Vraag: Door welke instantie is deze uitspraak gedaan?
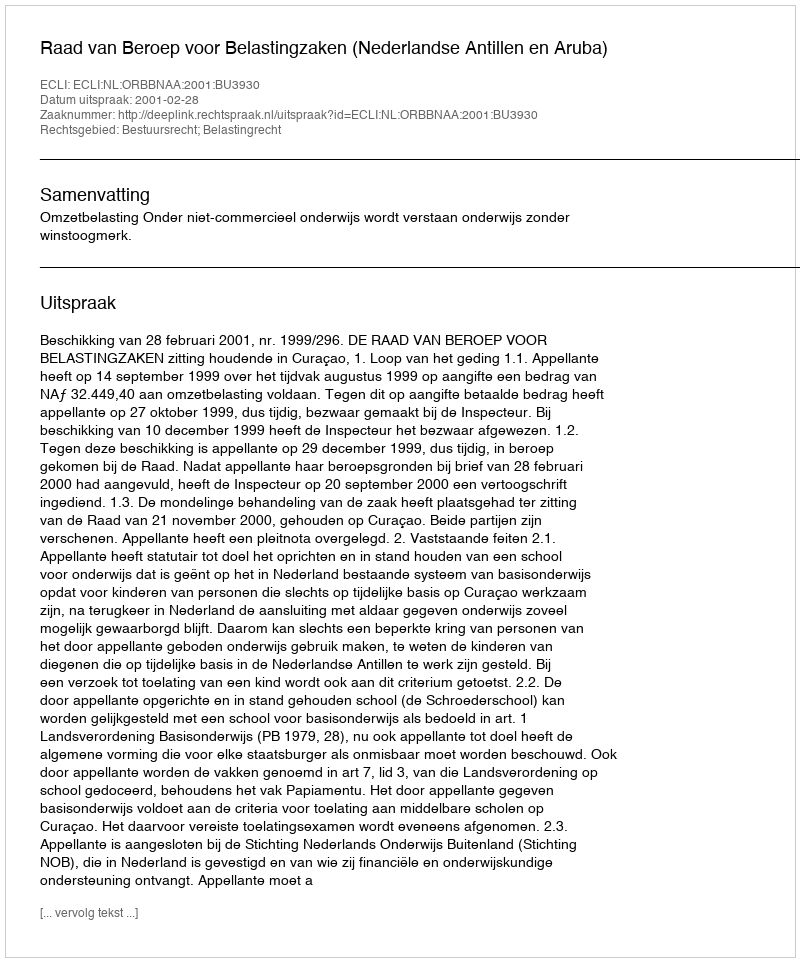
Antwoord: Raad van Beroep voor Belastingzaken (Nederlandse Antillen en Aruba)